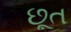
છૂત